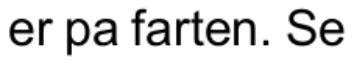
er pa farten. Se